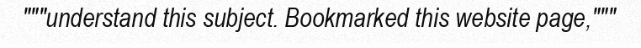
"""understand this subject. Bookmarked this website page,"""